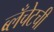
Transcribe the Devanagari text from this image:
ब्लँचेटची